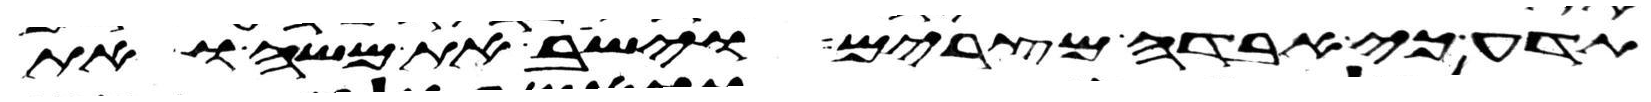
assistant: תדע כי אבדה מצרים וישב את משה ואת